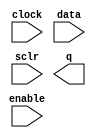
module gl_dff5er (
	clock,
	data,
	enable,
	sclr,
	q);

	input	  clock;
	input	[4:0]  data;
	input	  enable;
	input	  sclr;
	output	[4:0]  q;

endmodule